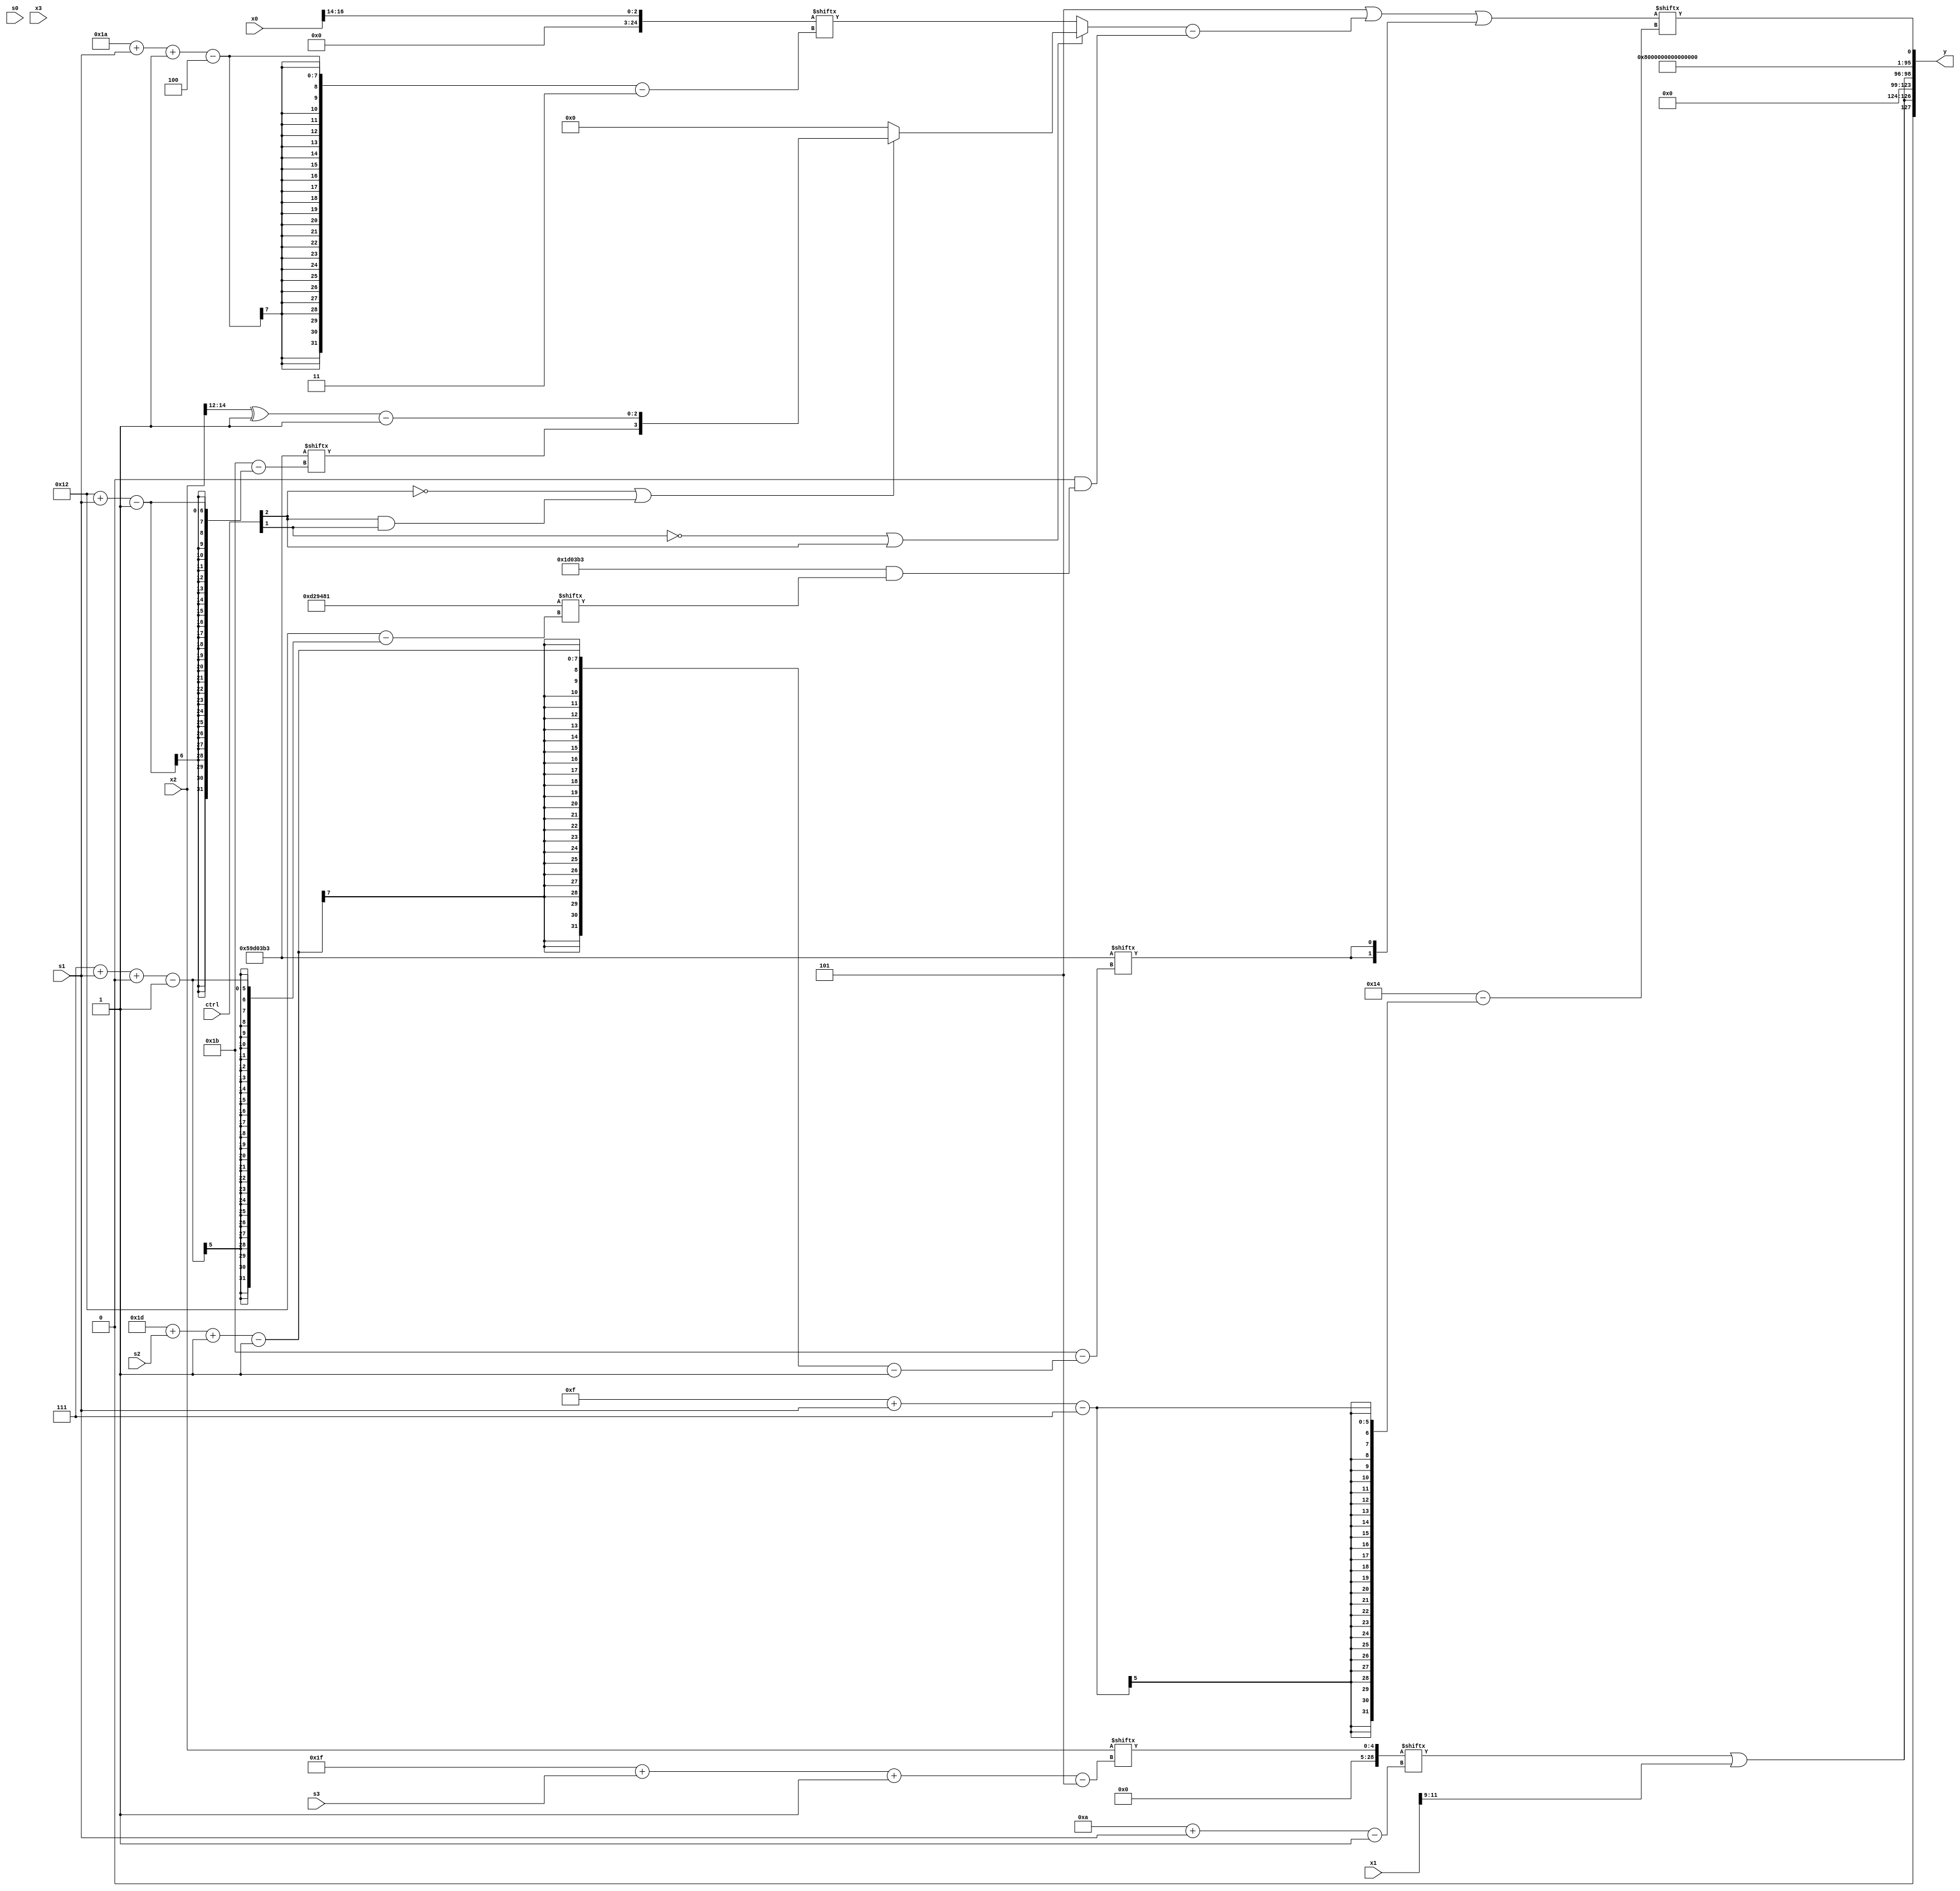
module partsel_00964(ctrl, s0, s1, s2, s3, x0, x1, x2, x3, y);
  input [3:0] ctrl;
  input [2:0] s0;
  input [2:0] s1;
  input [2:0] s2;
  input [2:0] s3;
  input signed [31:0] x0;
  input signed [31:0] x1;
  input [31:0] x2;
  input [31:0] x3;
  wire signed [29:0] x4;
  wire [27:3] x5;
  wire signed [2:27] x6;
  wire signed [29:1] x7;
  wire [7:27] x8;
  wire [7:27] x9;
  wire signed [0:25] x10;
  wire [30:3] x11;
  wire signed [27:7] x12;
  wire [0:29] x13;
  wire signed [1:25] x14;
  wire signed [27:6] x15;
  output [127:0] y;
  wire [31:0] y0;
  wire signed [31:0] y1;
  wire signed [31:0] y2;
  wire [31:0] y3;
  assign y = {y0,y1,y2,y3};
  localparam [25:3] p0 = 183508438;
  localparam [1:24] p1 = 886215809;
  localparam signed [1:28] p2 = 631047091;
  localparam [2:30] p3 = 537081132;
  assign x4 = {((x0[18 + s1 +: 6] & x2[18 +: 2]) & ({2{x1}} - {p0[23 -: 1], {2{p0[21 -: 1]}}})), x2};
  assign x5 = x0[14 +: 3];
  assign x6 = (!ctrl[1] || !ctrl[1] || ctrl[2] ? (!ctrl[2] || ctrl[2] && ctrl[1] ? {(ctrl[2] || !ctrl[2] || ctrl[0] ? p2[18 + s1] : x5[8 + s2]), ((x4[14 -: 3] ^ p1[9]) - p2[23])} : p3[19 -: 1]) : x5[26 + s1 -: 4]);
  assign x7 = x2[31 + s3 -: 5];
  assign x8 = ((p3[22 -: 4] | ({p1, x6} - (x7[16 -: 3] & (p2 & p1[7 + s1 +: 6])))) | {2{p2[29 + s2 -: 1]}});
  assign x9 = (p0[31 + s3 -: 6] ^ (x1[28 + s1 +: 5] - (x2[17] | p1[13 +: 2])));
  assign x10 = ((x4[15 +: 1] - ({x1[15 + s1], p2[28 + s0 +: 3]} - x7[8 + s2])) + x7[11 +: 1]);
  assign x11 = (x7[10 + s1] | x1[9 +: 3]);
  assign x12 = (x5[11 +: 1] - ((({x7[18 +: 4], p3} | p1[17 + s3 -: 2]) + (!ctrl[1] || !ctrl[3] || !ctrl[3] ? (x5[4 + s0 -: 7] ^ p3[9]) : (ctrl[1] || ctrl[1] || ctrl[2] ? p0[16 -: 4] : p2))) & ({2{x8[16 + s2 -: 6]}} | p1[15 +: 1])));
  assign x13 = x1[18 +: 4];
  assign x14 = {((p3[12] - p2[1 + s3 -: 6]) & x7[18]), (({2{p2}} + x13[11 +: 2]) | {2{{p2[3 + s0 +: 6], {2{p1[15 +: 2]}}}}})};
  assign x15 = ((p0 & p3[22 -: 3]) & (ctrl[1] && !ctrl[1] || !ctrl[2] ? ({2{{p0[19], x0[18 + s0]}}} & (p2 - p0[13 -: 1])) : x6));
  assign y0 = {2{x11}};
  assign y1 = p1[12 -: 2];
  assign y2 = (p2[14 -: 3] & p2);
  assign y3 = x8[15 + s1];
endmodule